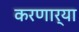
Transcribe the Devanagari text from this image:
करणार्‍या